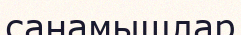
санамышлар